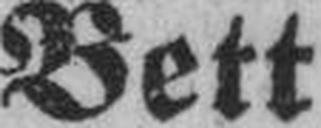
Bett